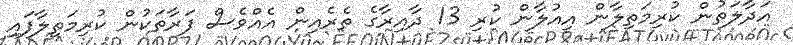
އަދާލަތުން ކުރިމަތިލާން އިއުލާން ކުރި 13 ދާއިރާގެ ތެރެއިން އެއްވެސް ފަރާތަކުން ކުރިމަތިލާފައި